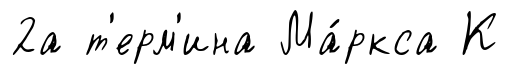
2а т'ерм'ина Ма́ркса К